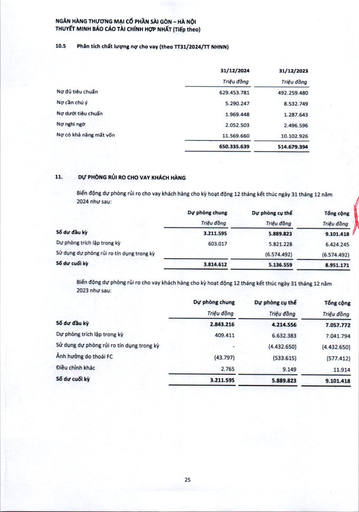
||31/12/2024|31/12/2023| |---|---|---| ||Triệu đồng|Triệu đồng| |Nợ đủ tiêu chuẩn|629.453.781|492.259.480| |Nợ cần chú ý|5.290.247|8.532.749| |Nợ dưới tiêu chuẩn|1.969.448|1.287.643| |Nợ nghi ngờ|2.052.503|2.496.596| |Nợ có khả năng mất vốn|11.569.660|10.102.926| ||650.335.639|514.679.394| ||Dự phòng chung|Dự phòng cụ thể|Tổng cộng| |---|---|---|---| ||Triệu đồng|Triệu đồng|Triệu đồng| |Số dư đầu kỳ|3.211.595|5.889.823|9.101.418| |Dự phòng trích lập trong kỳ|603.017|5.821.228|6.424.245| |Sử dụng dự phòng rủi ro tín dụng trong kỳ||(6.574.492)|(6.574.492)| |Số dư cuối kỳ|3.814.612|5.136.559|8.951.171| ||Dự phòng chung Triệu đồng|Dự phòng cụ thể Triệu đồng|Tổng cộng Triệu đồng| |---|---|---|---| |Số dư đầu kỳ|2.843.216|4.214.556|7.057.772| |Dự phòng trích lập trong kỳ|409.411|6.632.383|7.041.794| |Sử dụng dự phòng rủi ro tín dụng trong kỳ|-|(4.432.650)|(4.432.650)| |Ảnh hưởng do thoái FC|(43.797)|(533.615)|(577.412)| |Điều chỉnh khác|2.765|9.149|11.914| |Số dư cuối kỳ|3.211.595|5.889.823|9.101.418|